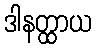
ဒါနတ္ထာယ